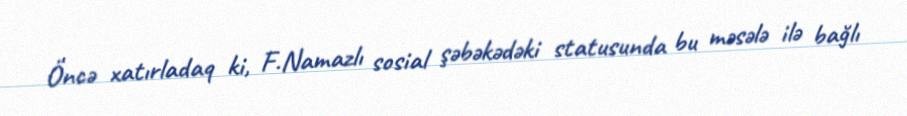
Öncə xatırladaq ki, F.Namazlı sosial şəbəkədəki statusunda bu məsələ ilə bağlı